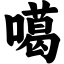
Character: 噶